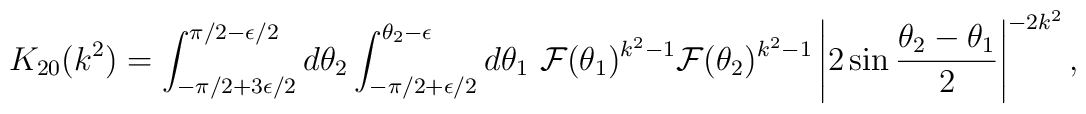
K_{20}(k^2)  = \int_{-\pi/2+3\epsilon/2}^{\pi/2-\epsilon/2} d \theta_2  \int_{-\pi/2+\epsilon/2}^{\theta_2-\epsilon} d \theta_1~  {\cal F}(\theta_1)^{k^2-1} {\cal F} (\theta_2)^{k^2-1}  \left| 2 \sin \frac{\theta_2 - \theta_1}{2}  \right|^{-2 k^2},